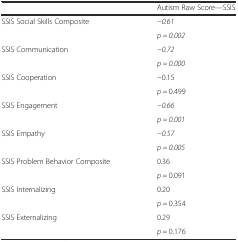
<table><thead><tr><td></td><td><b>Autism Raw Score—SSIS</b></td></tr></thead><tbody><tr><td rowspan="2">SSIS Social Skills Composite</td><td><i>−0.61</i></td></tr><tr><td><i>p = 0.002</i></td></tr><tr><td rowspan="2">SSIS Communication</td><td><i>−0.72</i></td></tr><tr><td><i>p = 0.000</i></td></tr><tr><td rowspan="2">SSIS Cooperation</td><td>−0.15</td></tr><tr><td><i>p</i> = 0.499</td></tr><tr><td rowspan="2">SSIS Engagement</td><td><i>−0.66</i></td></tr><tr><td><i>p = 0.001</i></td></tr><tr><td rowspan="2">SSIS Empathy</td><td><i>−0.57</i></td></tr><tr><td><i>p = 0.005</i></td></tr><tr><td rowspan="2">SSIS Problem Behavior Composite</td><td>0.36</td></tr><tr><td><i>p</i> = 0.091</td></tr><tr><td rowspan="2">SSIS Internalizing</td><td>0.20</td></tr><tr><td><i>p</i> = 0.354</td></tr><tr><td rowspan="2">SSIS Externalizing</td><td>0.29</td></tr><tr><td><i>p</i> = 0.176</td></tr></tbody></table>